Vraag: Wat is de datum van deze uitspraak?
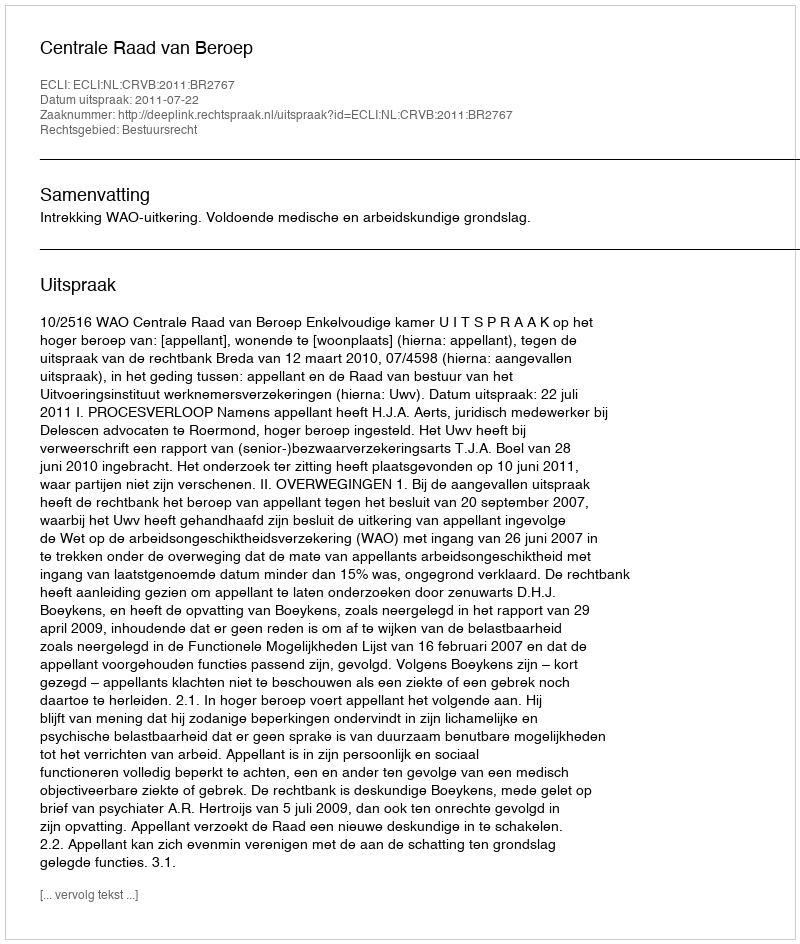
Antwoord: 2011-07-22